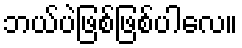
ဘယ်ပဲဖြစ်ဖြစ်ပါလေ။